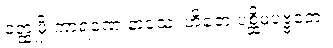
ဝတ္ထုမှိ ကာရဏေ နာသေ၊ ဟိတေ ပစ္ဆိမပဗ္ဗတေ။